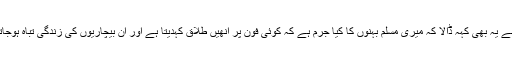
انھوں نے یہ بھی کہہ ڈالا کہ میری مسلم بہنوں کا کیا جرم ہے کہ کوئی فون پر انھیں طلاق کہدیتا ہے اور ان بیچاریوں کی زندگی تباہ ہوجاتی ہے۔